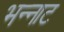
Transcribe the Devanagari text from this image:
भन्‍नाट